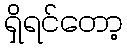
ရှိရင်တော့